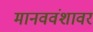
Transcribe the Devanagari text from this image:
मानववंशावर